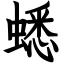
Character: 蟋